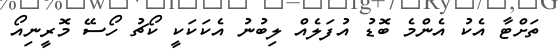
ތަށްޓާ އެކު އެންމެ ބޮޑު އުފަލެއް ލިބުނު އެކަކަކީ ކޯޗު ހޯސޭ މޮރީނިއޯ